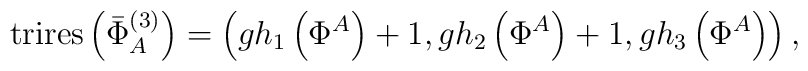
\mathrm{trires}\left( \bar{\Phi}_{A}^{(3)}\right) =\left( gh_{1}\left( \Phi^{A}\right) +1,gh_{2}\left( \Phi ^{A}\right) +1,gh_{3}\left( \Phi^{A}\right) \right) ,